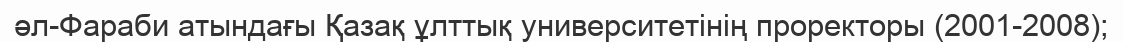
әл-Фараби атындағы Қазақ ұлттық университетінің проректоры (2001-2008);